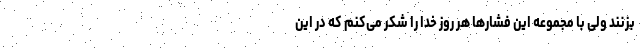
بزنند ولی با مجموعه این فشارها هر روز خدا را شکر می‌کنم که در این